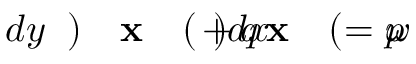
\! \! \! \! \! \! \! \! \! \! \! \omega \! \! \! \! \! \! \! \! \! \! \! \! = p \! \! \! \! \! \! \! \! \! \! \! \! ( \! \! \! \! \! \! \! \! \! \! \! \! \mathbf { x } \! \! \! \! \! \! \! \! \! \! \! \! ) d x \! \! \! \! \! \! \! \! \! \! \! \! + q \! \! \! \! \! \! \! \! \! \! \! \! ( \! \! \! \! \! \! \! \! \! \! \! \! \mathbf { x } \! \! \! \! \! \! \! \! \! \! \! \! ) \! \! \! \! \! \! \! \! \! \! \! \! d y \! \! \! \! \! \! \! \! \! \! \!